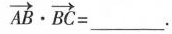
$$\overrightarrow{AB} \cdot \overrightarrow{BC} = ___.$$